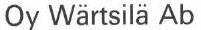
Oy Wärtsilä Ab